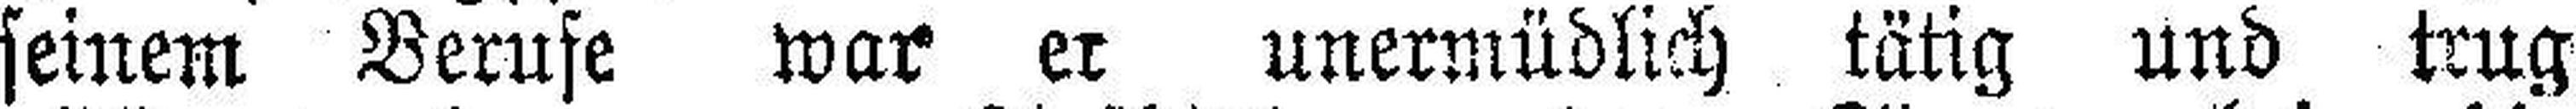
seinem Berufe war er unermüdlich tätig und trug